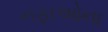
નફાઓના